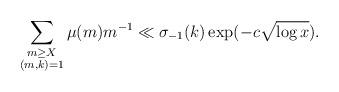
LaTeX: \begin{align*} \sum_{\substack{m\ge X\\ (m,k)=1}} \mu(m)m^{-1}\ll\sigma_{-1}(k)\exp(-c\sqrt{\log{x}}).\end{align*}